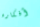
أفكاره